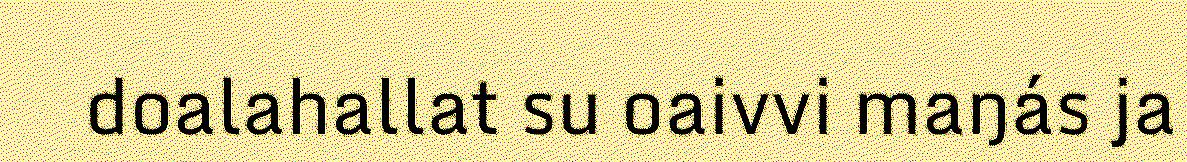
doalahallat su oaivvi maŋás ja